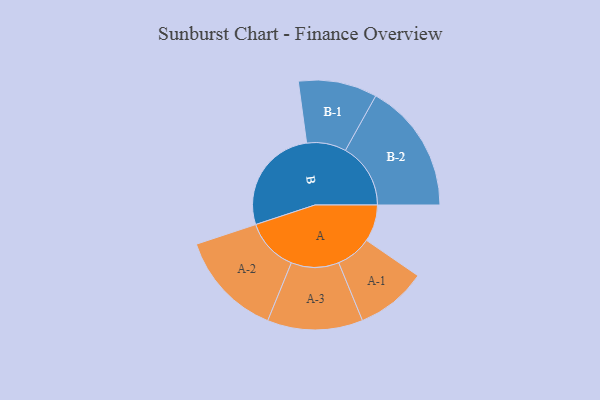
{"axis": {"x": "Segment", "y": "Value"}, "legend": ["", "A", "B"], "data": [{"x": "A", "y": 133, "type": ""}, {"x": "B", "y": 388, "type": ""}, {"x": "A-1", "y": 128, "type": "A"}, {"x": "A-2", "y": 191, "type": "A"}, {"x": "A-3", "y": 172, "type": "A"}, {"x": "B-1", "y": 142, "type": "B"}, {"x": "B-2", "y": 235, "type": "B"}]}